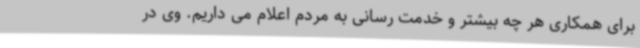
برای همکاری هر چه بیشتر و خدمت رسانی به مردم اعلام می داریم. وی در